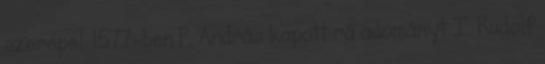
szerepel. 1577-ben P. András kapott rá adományt I. Rudolf